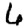
Digit: 6